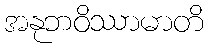
အနုဘဝိဿာမာတိ